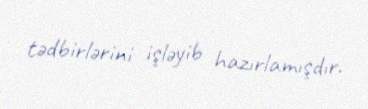
tədbirlərini işləyib hazırlamışdır.